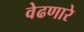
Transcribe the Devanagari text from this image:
वेढणारे